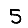
Digit: 5